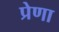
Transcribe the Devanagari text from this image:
प्रेणा